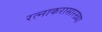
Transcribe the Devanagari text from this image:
रत्नाकरासारख्या